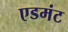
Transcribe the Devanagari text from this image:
एडमंट